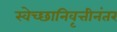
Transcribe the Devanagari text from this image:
स्वेच्छानिवृत्तीनंतर